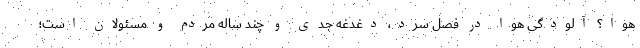
هوا؟ آلودگی هوا در فصل سرد، دغدغه جدی و چند ساله مردم و مسئولان است؛